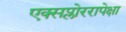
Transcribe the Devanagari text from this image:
एक्सप्लोररापेक्षा